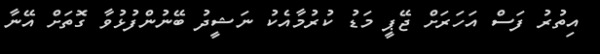
އިތުރު ފަސް އަހަރަށް ޖޭޕީ މަޑު ކުރުމާއެކު ނަޝީދު ބޭނުންފުޅުވާ ގޮތަށް އޭނާ